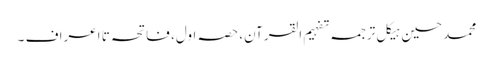
محمد حسین ہیکل ترجمہ تفہیم القرآن، حصہ اول، فاتحہ تا اعراف ۔